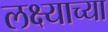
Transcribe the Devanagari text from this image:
लक्ष्याच्या